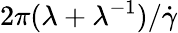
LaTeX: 2\pi(\lambda+\lambda^{-1})/\dot{\gamma}